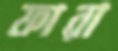
ফারা